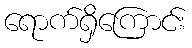
ရောက်ရှိကြောင်း